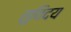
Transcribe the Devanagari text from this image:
सुविदय